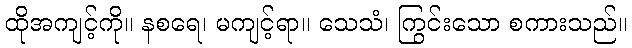
ထိုအကျင့်ကို။ နစရေ၊ မကျင့်ရာ။ သေသံ၊ ကြွင်းသော စကားသည်။